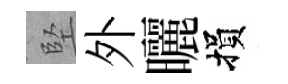
堅外曬損